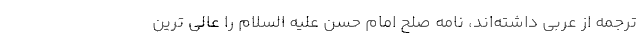
ترجمه از عربی داشته‌اند، نامه صلح امام حسن علیه السلام را عالی ترین